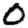
Digit: 0